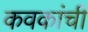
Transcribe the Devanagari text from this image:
कवकांची